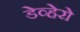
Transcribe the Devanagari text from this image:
डेव्हेरो